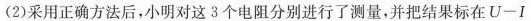
(2)采用正确方法后，小明对这3个电阻分别进行了测量，并把结果标在U-I